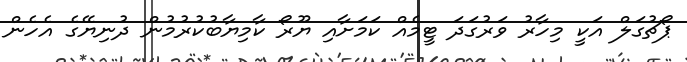
ޕޯޗުގަލް އަކީ މިހާރު ވަރުގަދަ ޓީމެއް ކަމަށާއި ޔޫރޯ ކާމިޔާބުކުރުމުން ދުނިޔޭގެ އެހެން